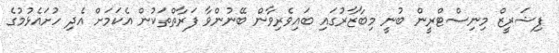
ފިޝަރީޒް މިނިސްޓްރީން ބުނީ މިބާޒާރުގައި ބައިވެރިވާން ބޭނުންވާ ފަރާތްތަކުން އެކަމަށް އެދި ހުށައެޅުމުގެ